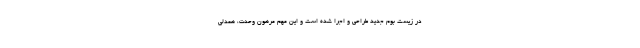
در زیست بوم جدید طراحی و اجرا شده است و این مهم مرهون وحدت، همدلی